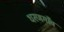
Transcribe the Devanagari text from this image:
धरणगाँव